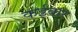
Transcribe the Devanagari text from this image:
कईबार